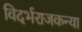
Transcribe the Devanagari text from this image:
विदर्भराजकन्या